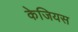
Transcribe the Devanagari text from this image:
केजियस